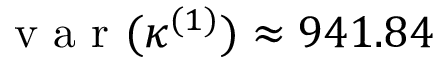
\mathrm { ~ v ~ a ~ r ~ } ( \kappa ^ { ( 1 ) } ) \approx 9 4 1 . 8 4